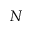
N